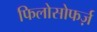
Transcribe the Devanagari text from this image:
फिलोसोफर्ज़